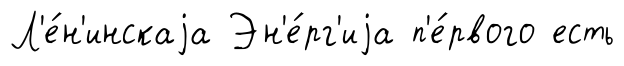
Л'е́н'инскаjа Эн'е́рг'иjа п'е́рвого есть